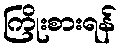
ကြိုးစားရန်